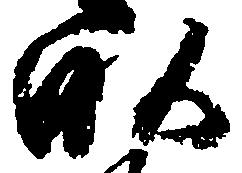
畝